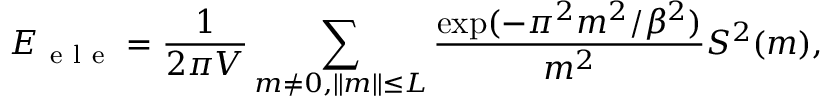
E _ { \mathrm { ~ e ~ l ~ e ~ } } = \frac { 1 } { 2 \pi V } \sum _ { m \neq 0 , \| m \| \leq L } \frac { \exp ( { - \pi ^ { 2 } m ^ { 2 } / \beta ^ { 2 } } ) } { m ^ { 2 } } S ^ { 2 } ( m ) ,